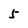
Character: 5